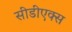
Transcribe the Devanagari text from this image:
सीडीएक्स